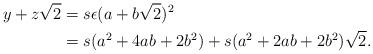
LaTeX: \begin{align*}y+z\sqrt{2} & = s \epsilon (a+b \sqrt{2})^2 \\ & = s (a^2+4ab+2b^2) +s (a^2+2ab+2b^2)\sqrt{2}.\end{align*}